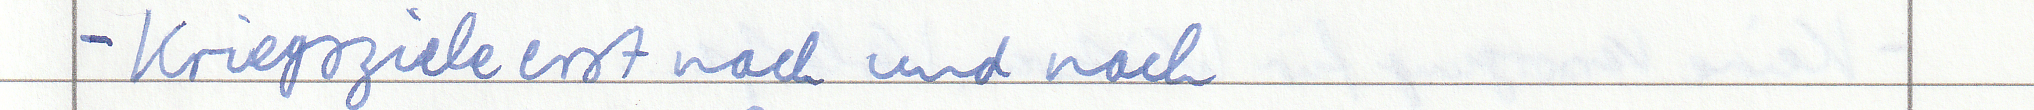
- Kriegsziele erst nach und nach